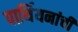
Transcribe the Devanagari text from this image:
पार्थियनांची